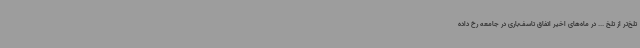
تلخ‌تر از تلخ ... در ماه‌های اخیر اتفاق تاسف‌باری در جامعه رخ داده